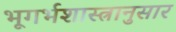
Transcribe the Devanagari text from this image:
भूगर्भशास्त्रानुसार